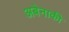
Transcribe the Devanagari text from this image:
अबेनाकी